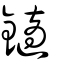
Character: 𨮹